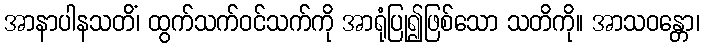
အာနာပါနသတိံ၊ ထွက်သက်ဝင်သက်ကို အာရုံပြု၍ဖြစ်သော သတိကို။ အာသဝန္တော၊